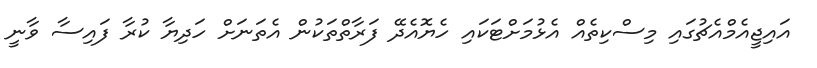
އައިޖީއެމްއެޗުގައި މިސްކިތެއް އެޅުމަށްޓަކައި ހެޔޮއެދޭ ފަރާތްތަކުން އެތަނަށް ހަދިޔާ ކުރާ ފައިސާ ވާނީ